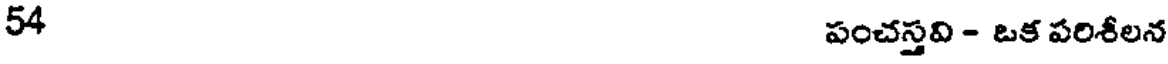
54 పంచస్తవి - ఒక పరిశీలన